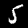
Digit: 5